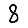
Digit: 8